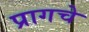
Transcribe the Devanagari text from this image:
प्रागचे